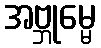
အဗ္ဘုမ္မေ